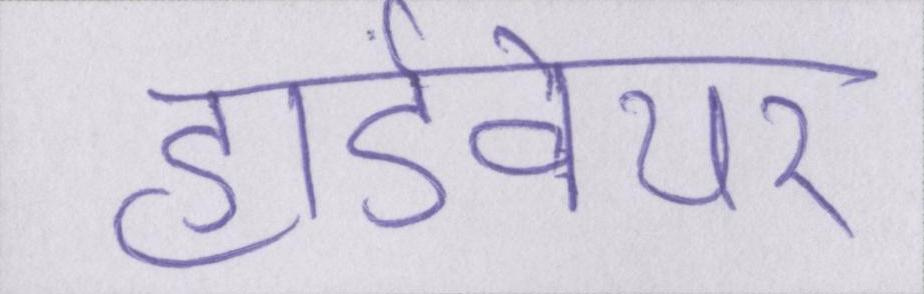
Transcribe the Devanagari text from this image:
हार्डवेयर